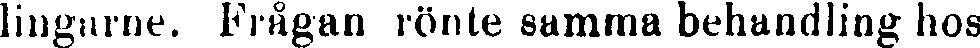
lingarne. Frågan rönte samma behandling hos